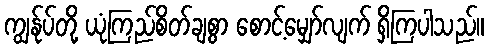
ကျွန်ုပ်တို့ ယုံကြည်စိတ်ချစွာ စောင့်မျှော်လျက် ရှိကြပါသည်။